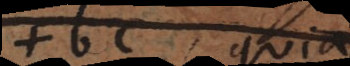
bc, quia